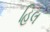
હિલ